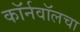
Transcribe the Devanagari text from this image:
कॉर्नवॉलचा